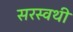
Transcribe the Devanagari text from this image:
सरस्वथी